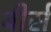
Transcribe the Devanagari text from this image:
बीर्स